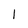
Character: l